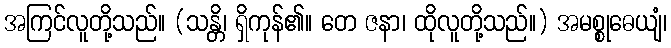
အကြင်လူတို့သည်။ (သန္တိ၊ ရှိကုန်၏။ တေ ဇနာ၊ ထိုလူတို့သည်။) အမစ္စုဓေယျံ၊